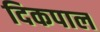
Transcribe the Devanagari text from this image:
दिकपाल